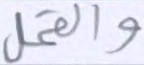
والقمل